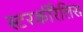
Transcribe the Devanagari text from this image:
स्टरकीरैलिस